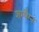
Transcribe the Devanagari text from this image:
शम्पैग्न